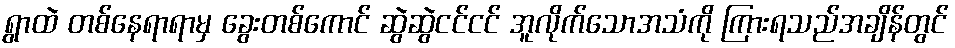
ရွာထဲ တစ်နေရာရာမှ ခွေးတစ်ကောင် ဆွဲဆွဲငင်ငင် အူလိုက်သောအသံကို ကြားရသည်အချိန်တွင်